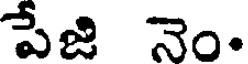
పేజి నెం.